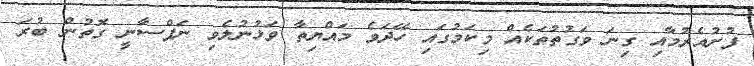
ފުށުއެރުމާއި ގިނަ ވަގުތުތަކެއް މިކަމުގައި ހޭދަވެ މައްޔިތާ ވަޅުނުލެވި ނަފްސާނީ ގޮތުން ބުރަ